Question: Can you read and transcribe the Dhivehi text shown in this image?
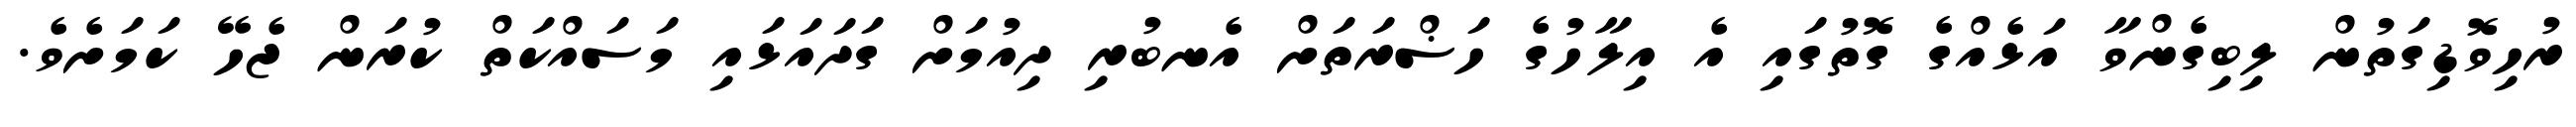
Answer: ރުހިވޮޑިގަތުން ލިބިގެންވާ އަޅެއްގެ ގޮތުގައި އެ އިލާހުގެ ހަޟްރަތަށް އެނބުރި ދިއުމަށް ގަދައަޅައި މަސައްކަތް ކުރަން ޖެހޭ ކަމަށެވެ.